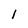
Character: l